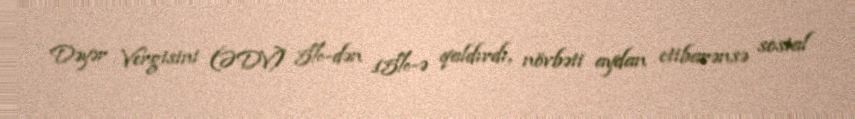
Dəyər Vergisini (ƏDV) 5%-dən 15%-ə qaldırdı, növbəti aydan etibarənsə sosial